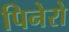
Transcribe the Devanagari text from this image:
पिनेरो